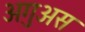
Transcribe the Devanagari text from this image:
अगुअस